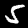
Digit: 5